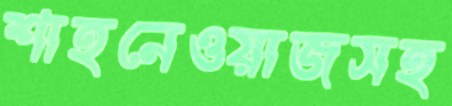
শাহনেওয়াজসহ